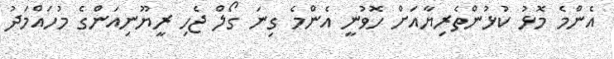
އެންމެ މޮޅު ކުޅުންތެރިޔާއަށް ހޮވުނީ އެންމެ ގިނަ ގޯލް ޖެހި ރީޔޫނިއަންގެ މުހައްމަދު